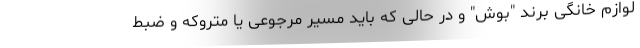
لوازم خانگی برند "بوش" و در حالی که باید مسیر مرجوعی یا متروکه و ضبط